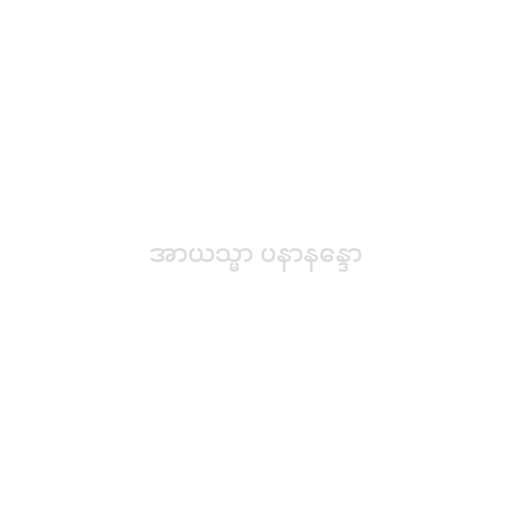
အာယသ္မာ ပနာနန္ဒော